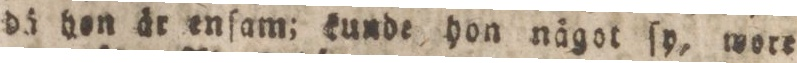
dä hon år enſam; dunde hon något ſy, wore